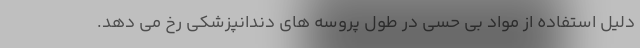
دلیل استفاده از مواد بی حسی در طول پروسه های دندانپزشکی رخ می دهد.